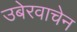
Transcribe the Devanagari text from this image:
उबेरवाचेन